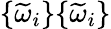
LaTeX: \{ \widetilde\omega_{i}\} \{ \widetilde\omega_{i}\}